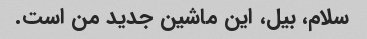
سلام، بیل، این ماشین جدید من است.